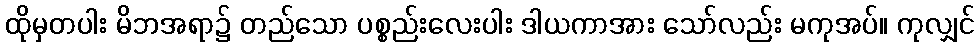
ထိုမှတပါး မိဘအရာ၌ တည်သော ပစ္စည်းလေးပါး ဒါယကာအား သော်လည်း မကုအပ်။ ကုလျှင်